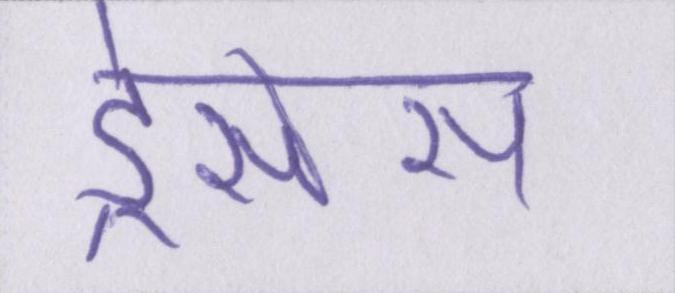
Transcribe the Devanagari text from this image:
ड्रेसेस